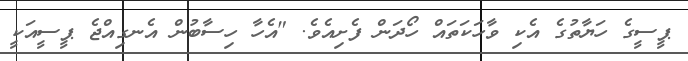
ޕީސީގެ ހަޔާތުގެ އެކި ވާހަކަތައް ހޯދަން ފެށިއެވެ. "އެހާ ހިސާބުން އެނގިއްޖެ ޕީސީއަކީ